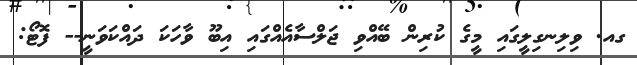
ގއ. ވިލިނގިލީގައި މީގެ ކުރިން ބޭއްވި ޖަލްސާއެއްގައި އިބޫ ވާހަކަ ދައްކަވަނީ-- ފޮޓޯ: